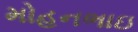
મોહનભાઇ